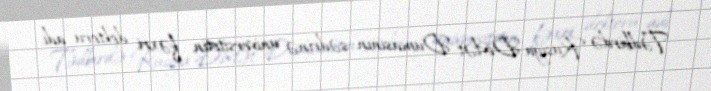
Tədbirdə Rusiya Dövlət Dumasının sədrinə universitetin fəxri doktoru adı